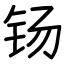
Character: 钖